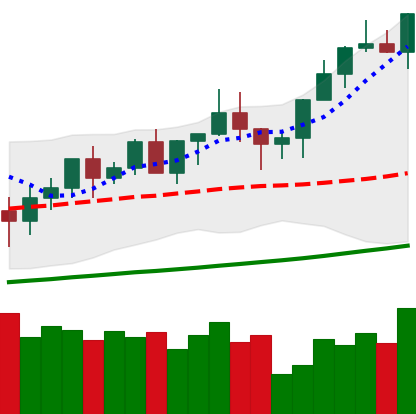
Ticker: XMR-USD
Chart end date: 2020-12-16
Forward return: -7.834%
Label: down_7plus